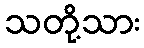
သတို့သား